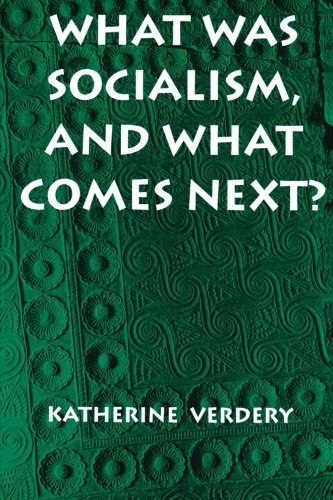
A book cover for What Was Socialism, and What Comes Next? (Princeton Studies in Culture/Power/History); Katherine Verdery; History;